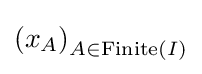
\left(x_{A}\right)_{A\in \operatorname {Finite} (I)}